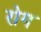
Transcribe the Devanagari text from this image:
रोग